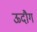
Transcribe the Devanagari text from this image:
ऊदौग